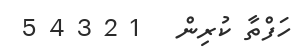
ހަފްތާ ކުރިން   1 2 3 4 5